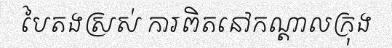
បៃតងស្រស់ ការពិតនៅកណ្តាលក្រុង